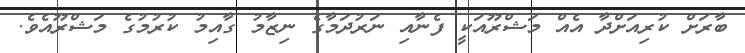
ބާރަށް ކުރިއަށްދާ އެއް މަޝްރޫއަކީ ފެނާއި ނަރުދަމާގެ ނިޒާމު ގާއިމު ކުރުމުގެ މަޝްރޫއެވެ.